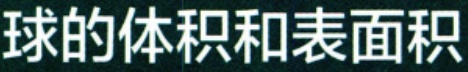
球的体积和表面积